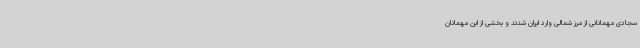
سجادی مهمانانی از مرز شمالی وارد ایران شدند و بخشی از این مهمانان